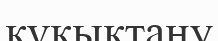
құқықтану